system: You are a helpful assistant.
user:
Analyze the provided spectrum to determine if it is a **S-type Star**.

- **Key Indicators for S-type Star:**

    - **(Overall Spectrum Shape):** The first and most obvious characteristic is the overall continuum (the "baseline" shape). It is **extremely "red-sloping,"** meaning the flux (light intensity) is very low on the left side (blue, ~4000-4500 Å) and rises steeply and continuously toward the right side (red, ~7000 Å+).

    - **(Primary):** The spectrum is defined by the presence of strong, broad molecular absorption "valleys" (bands) from **Zirconium Oxide (ZrO)**. The identification of these bands is the **primary requirement** for classifying a star as S-type.
        - **(Key Bandheads):** You must find distinct, deep "dips" where the light has been absorbed. The most critical band systems to locate are:
            - **~6474 Å** ($\gamma$-system): This is often the strongest and clearest ZrO feature, found in the red part of the spectrum.
            - **~5718 Å** & **~5551 Å** ($\beta$-system): A pair of prominent absorption features in the yellow-orange part of the spectrum.
            - **~4640 Å** ($\alpha$-system): A key absorption band system in the blue-green region of the spectrum.

    - **(Secondary Confirmation):** The classification is strengthened by finding additional absorption bands from other related heavy element oxides, which are expected to be present alongside ZrO.
        - **(Key Bandheads):**
            - **Yttrium Oxide (YO):** Look for absorption dips near **~4800 Å** and **~6100 Å**.
            - **Lanthanum Oxide (LaO):** Additional absorption features, particularly in the red-orange part of the spectrum, are also characteristic.

    - **(Line Profile):** The combination of the steep red continuum and these numerous, deep molecular bands (ZrO, YO, etc.) gives the entire spectrum a very **"chopped-up"** or **"bumpy"** appearance. Instead of a smooth curve, the spectrum looks as though large, wide chunks of light have been "carved out" of it at the specific wavelengths listed above.

Think first, call **spectral_visualization_tool** if needed to examine features in detail, then provide your final answer. Your response must adhere to the following strict rules:
1.  **Overall Structure:** Your response must follow the format `<think>...</think> <tool_call>...</tool_call> (if a tool is used) <answer>...</answer>`.
2.  **Tool Usage Constraint:** You may only make **one** tool call per turn.
3.  **Final Answer Format:** In the `<answer>` tag, your conclusion must be inside a `\boxed{}` command (e.g., `\boxed{YES}` or `\boxed{NO}`), followed by your justification.

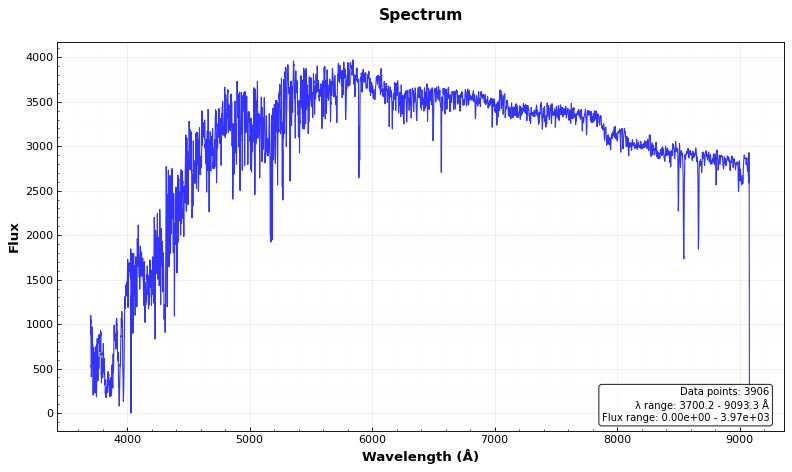
Answer: NO